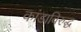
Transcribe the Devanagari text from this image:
कांडाविरुद्ध